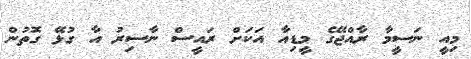
މިއީ ނަސީމާ ރާއްޖޭގެ މީޑިއާ އަކަށް ރައީސް ނާސިރު އާ ގުޅޭ ގޮތުން